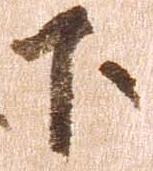
下